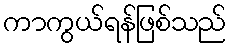
ကာကွယ်ရန်ဖြစ်သည်